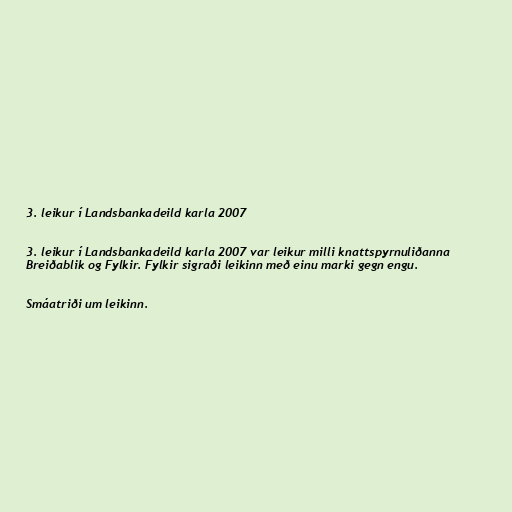
3. leikur í Landsbankadeild karla 2007

3. leikur í Landsbankadeild karla 2007 var leikur milli knattspyrnuliðanna
Breiðablik og Fylkir. Fylkir sigraði leikinn með einu marki gegn engu.

Smáatriði um leikinn.